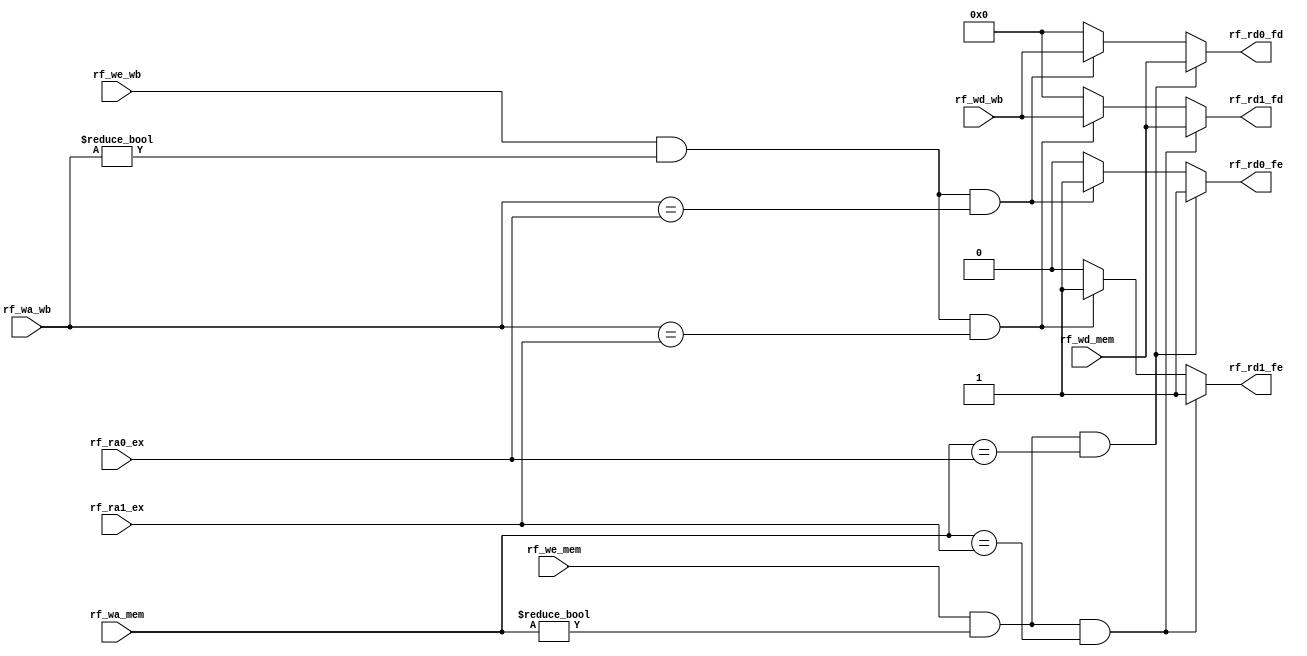
`timescale 1ns / 1ps
//////////////////////////////////////////////////////////////////////////////////
// Company: 
// Engineer: 
// 
// Design Name: 
// Module Name: Forwarding
// Project Name: 
// Target Devices: 
// Tool Versions: 
// Description: 
// 
// Dependencies: 
// 
// Revision:
// Revision 0.01 - File Created
// Additional Comments:
// 
//////////////////////////////////////////////////////////////////////////////////


module Forwarding(
    input [0:0] rf_we_mem,
    input [0:0] rf_we_wb,
    input [4:0] rf_wa_mem,
    input [4:0] rf_wa_wb,
    input [31:0] rf_wd_mem,
    input [31:0] rf_wd_wb,

    input [4:0] rf_ra0_ex,
    input [4:0] rf_ra1_ex,

    output reg [0:0] rf_rd0_fe,
    output reg [0:0] rf_rd1_fe,
    output reg [31:0] rf_rd0_fd,
    output reg [31:0] rf_rd1_fd
);
always @(*) begin
    //EX
    if(rf_we_mem && rf_wa_mem!=5'B0 && rf_wa_mem == rf_ra0_ex)begin
        rf_rd0_fe = 1;
        rf_rd0_fd = rf_wd_mem;
    end
    else begin
        if(rf_we_wb && rf_wa_wb!=5'B0 && rf_wa_wb==rf_ra0_ex)begin
            rf_rd0_fe = 1;
            rf_rd0_fd = rf_wd_wb;
        end
        else begin
            rf_rd0_fe = 0;
            rf_rd0_fd = 0;
        end
    end

    if(rf_we_mem && rf_wa_mem!=5'B0 && rf_wa_mem == rf_ra1_ex)begin
        rf_rd1_fe = 1;
        rf_rd1_fd = rf_wd_mem;
    end
    else begin
        if(rf_we_wb && rf_wa_wb!=5'B0 && rf_wa_wb==rf_ra1_ex)begin
            rf_rd1_fe = 1;
            rf_rd1_fd = rf_wd_wb;
        end
        else begin
            rf_rd1_fe = 0;
            rf_rd1_fd = 0;
        end
    end
end
endmodule